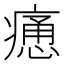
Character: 𤹯